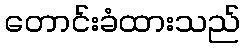
တောင်းခံထားသည်